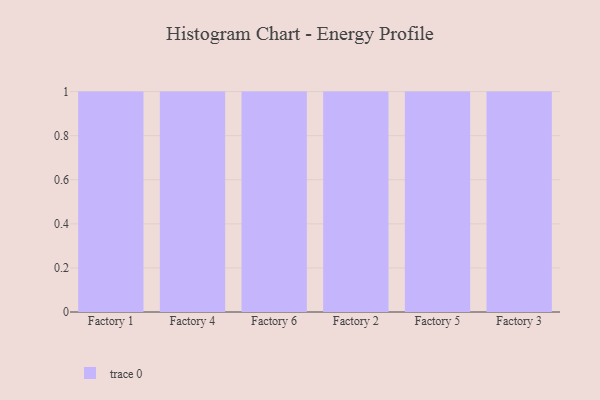
{"axis": {"x": "Factory", "y": "Budget (USD K)"}, "legend": [""], "data": [{"x": "Factory 1", "y": 17, "type": ""}, {"x": "Factory 4", "y": 42, "type": ""}, {"x": "Factory 6", "y": 99, "type": ""}, {"x": "Factory 2", "y": 86, "type": ""}, {"x": "Factory 5", "y": 35, "type": ""}, {"x": "Factory 3", "y": 61, "type": ""}]}